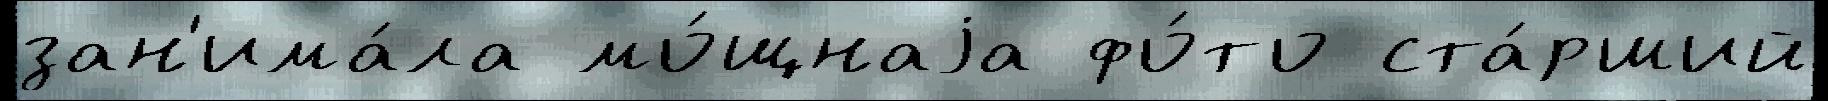
зан'има́ла мо́щнаjа фо́то ста́рший